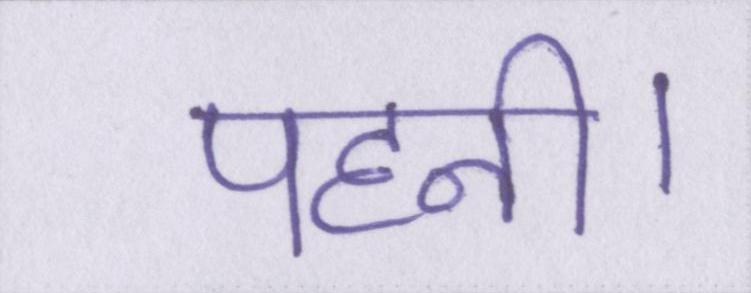
पहनी।